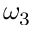
\omega _ { 3 }